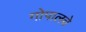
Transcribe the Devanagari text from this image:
गोपालचे